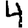
Digit: 4